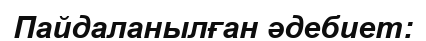
Пайдаланылған әдебиет: